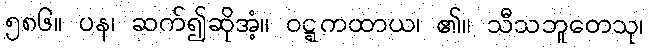
၅၈၆။ ပန၊ ဆက်၍ဆိုအံ့။ ဝဋ္ဋကထာယ၊ ၏။ သီသဘူတေသု၊